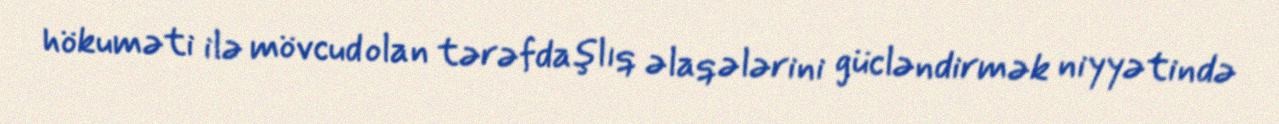
hökuməti ilə mövcud olan tərəfdaşlıq əlaqələrini gücləndirmək niyyətində